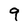
Character: 9